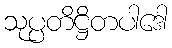
သုပ္ပတိဋ္ဌိတပါဒေါ